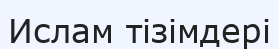
Ислам тізімдері